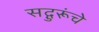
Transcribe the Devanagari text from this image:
सद्गुरूंचे